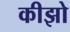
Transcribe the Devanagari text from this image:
कीझो